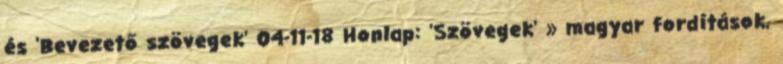
és 'Bevezető szövegek' 04-11-18 Honlap: 'Szövegek' » magyar fordítások,